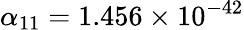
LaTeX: \alpha_{11}=1.456\times 10^{-42}